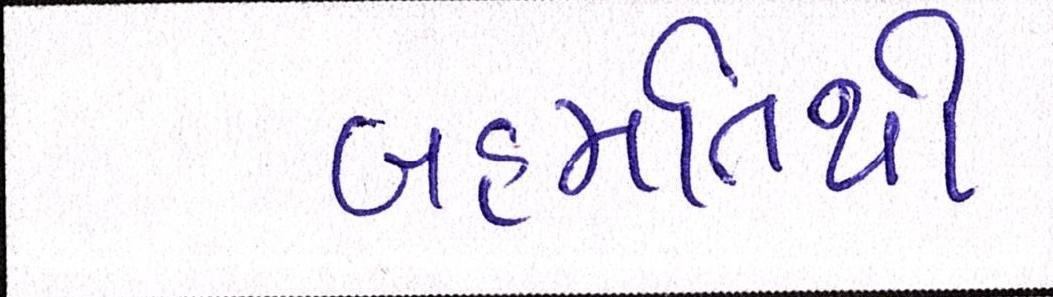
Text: બહમતિથી